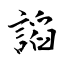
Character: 謟